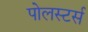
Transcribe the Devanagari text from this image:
पोलस्टर्स